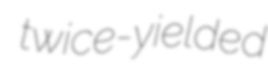
twice-yielded